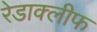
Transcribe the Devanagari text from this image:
रेडाक्लीफ